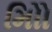
મોિો